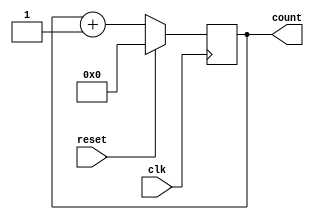
module counter #(parameter WIDTH=8) (
    input wire clk,
    input wire reset,
    output reg [WIDTH-1:0] count
);

always @ (posedge clk) begin
    if (reset) begin
        count <= 0;
    end else begin
        count <= count + 1;
    end
end

endmodule